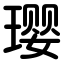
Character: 璎